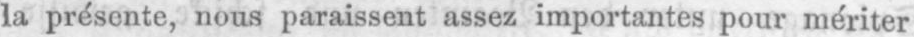
la présente, nous paraissent assez importantes pour mériter